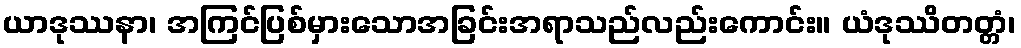
ယာဒုဿနာ၊ အကြင်ပြစ်မှားသောအခြင်းအရာသည်လည်းကောင်း။ ယံဒုဿိတတ္တံ၊